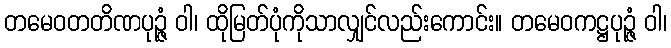
တမေဝတတိဏပုဉ္ဇံ ဝါ၊ ထိုမြတ်ပုံကိုသာလျှင်လည်းကောင်း။ တမေဝကဋ္ဌပုဉ္ဇံ ဝါ၊